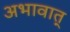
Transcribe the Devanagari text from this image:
अभावात्